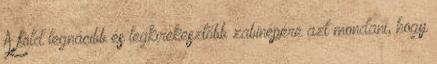
A föld legnácibb és legkirekesztőbb zabinépére azt mondani, hogy